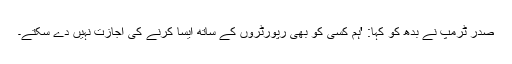
صدر ٹرمپ نے بدھ کو کہا: 'ہم کسی کو بھی رپورٹروں کے ساتھ ایسا کرنے کی اجازت نہیں دے سکتے۔